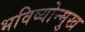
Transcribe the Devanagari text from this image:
भविष्योन्मुख